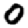
Digit: 0